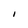
Character: I